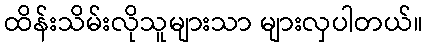
ထိန်းသိမ်းလိုသူများသာ များလှပါတယ်။